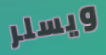
ويسلر